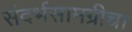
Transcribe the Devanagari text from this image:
संदर्भसामग्रीचा